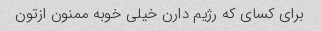
برای کسای که رژیم دارن خیلی خوبه ممنون ازتون